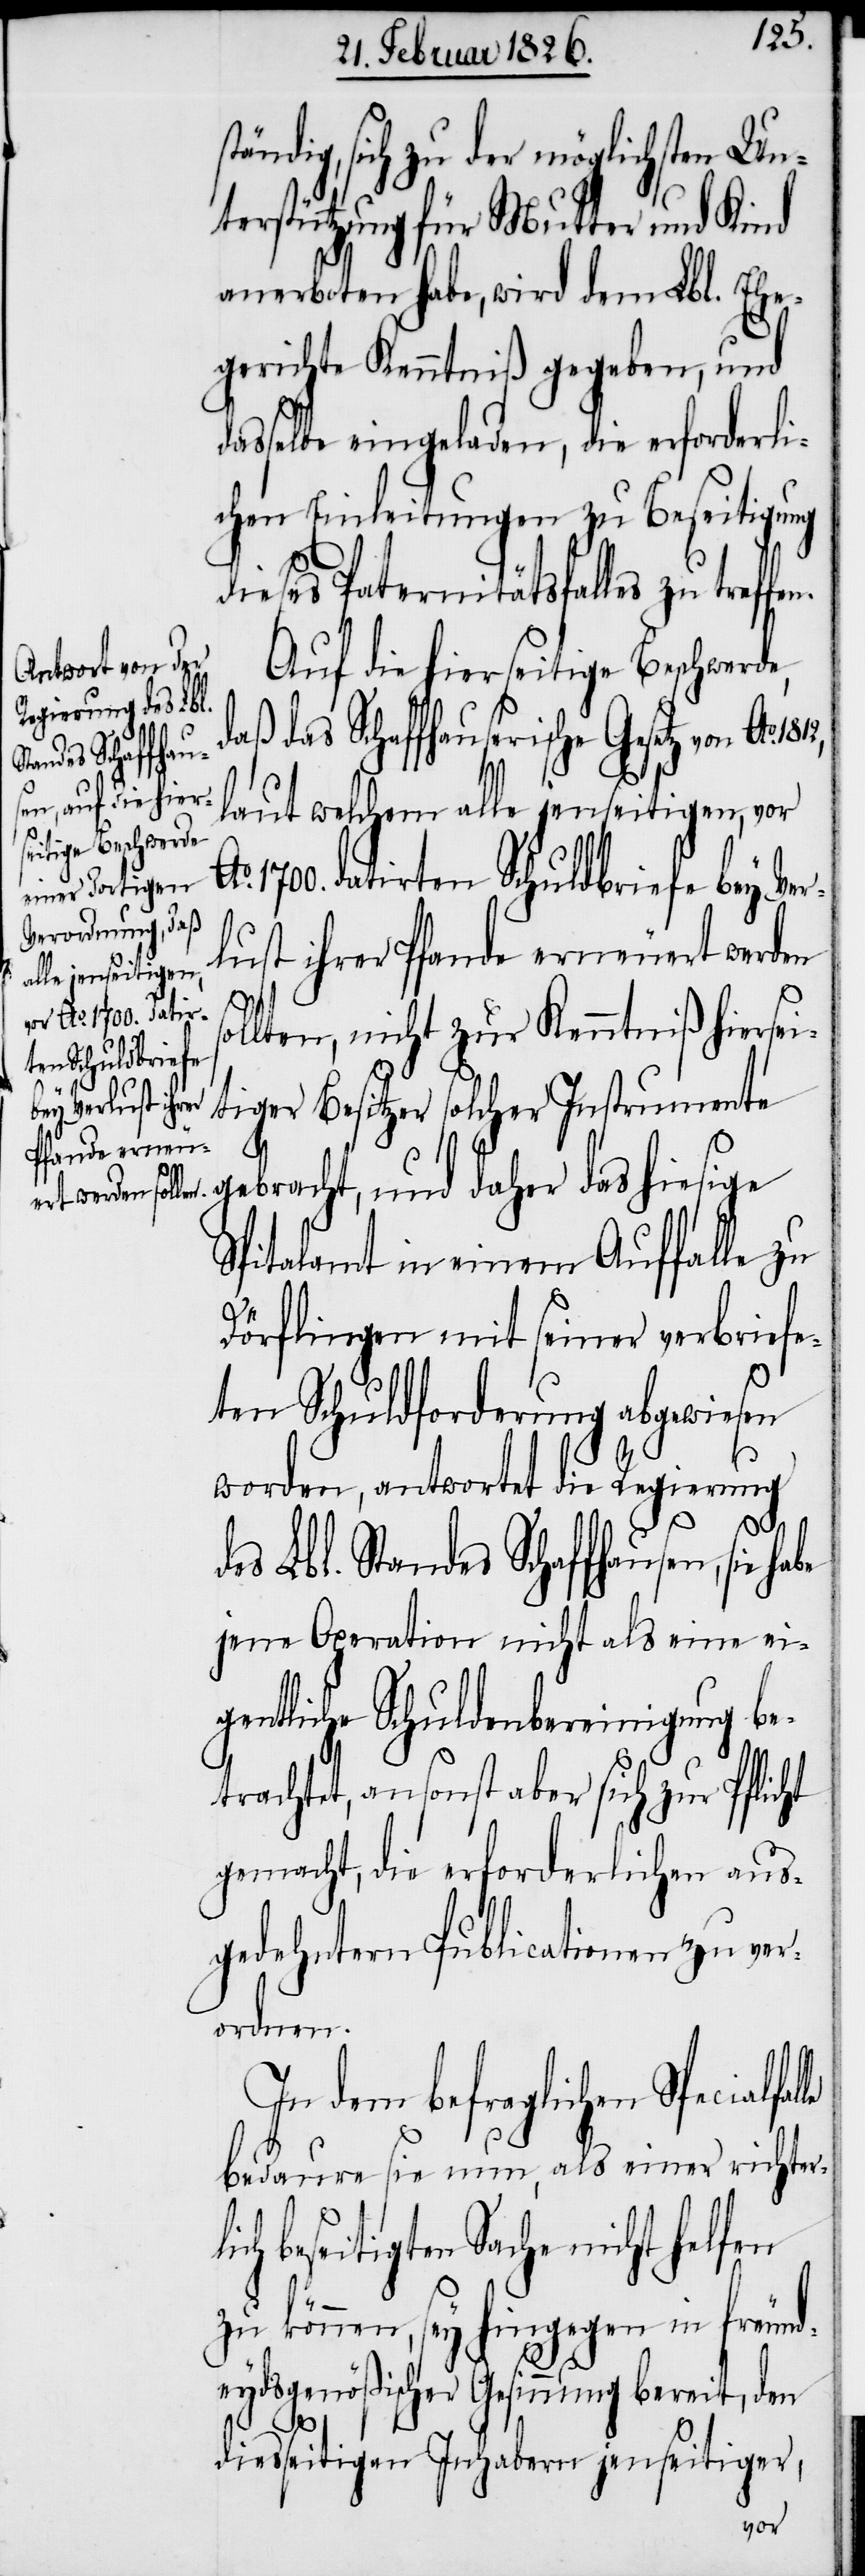
tändig, sich zu der möglichsten Un¬
terstützung für Mutter und Kind
anerboten habe, wird dem Lbl. Ehe¬
gerichte Kenntniß gegeben, und
dasselbe eingeladen, die erforderli¬
chen Einleitungen zu Beseitigung
dieses Paternitätsfalles zu treffe¬
Auf die hierseitige Beschwerde,
aß das Schaffhauserische Gesetz von Ao.
laut welchem alle jenseitigen, vor
1700 datirten Schuldbriefe bey Ver¬
lust ihrer Pfande erneuert werden
ollten, nicht zur Kenntniß hierse¬
itiger Besitzer solcher Instrument¬
ich
e gebracht, und daher das hiesige
Spitalamt in einem Auffalle zu
Dörflingen mit seiner verbrief¬
ten Schuldforderung abgewiesen
worden, antwortet die Regierung
es Lbl. Standes Schaffhausen, sie
jene Operation nicht als eine ei¬
gentliche Schuldenbereinigung be¬
rachtet, ansonst aber sich zur Pflic¬
gemacht, die erforderlichen aus¬
gedehntern Publicationen zu ver¬
ordnen.
In dem befraglichen Specialfa¬
bedaure sie nun, als einer richterl¬
beseitigten Sache nicht helfen
zu können, sey hingegen in freund¬
eydsgenößischer Gesinnung bereit, den
diesseitigen Inhabern jenseitiger,